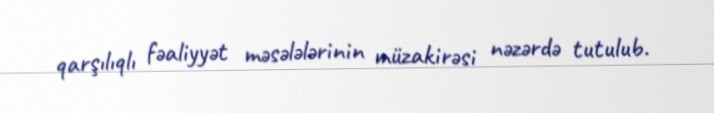
qarşılıqlı fəaliyyət məsələlərinin müzakirəsi nəzərdə tutulub.